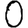
Digit: 0